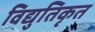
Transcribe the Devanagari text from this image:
विद्युतिकृत